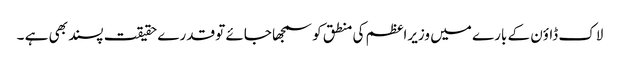
لاک ڈاؤن کے بارے میں وزیراعظم کی منطق کو سمجھا جائے تو قدرے حقیقت پسند بھی ہے ۔